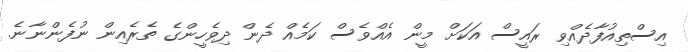
އިސްތިއުފާދެއްވި ރައީސް އަކަށް މީން އެއްވެސް ކަމެއް ދެން ދިވެހީންގެ ތެރެއިން ނުފެންނާނެ.